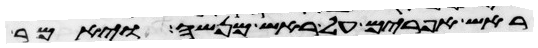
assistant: ראש אפרים על ראש מנשה ויאמר